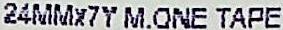
24MMX7Y M.ONE TAPE